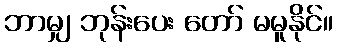
ဘာမျှ ဘုန်းပေး တော် မမူနိုင်။